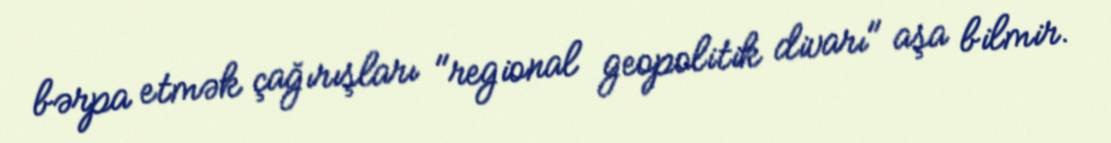
bərpa etmək çağırışları "regional geopolitik divarı" aşa bilmir.